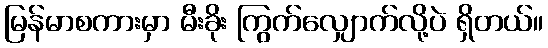
မြန်မာစကားမှာ မီးခိုး ကြွက်လျှောက်လို့ပဲ ရှိတယ်။